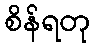
စိန်ရတု